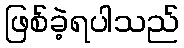
ဖြစ်ခဲ့ရပါသည်